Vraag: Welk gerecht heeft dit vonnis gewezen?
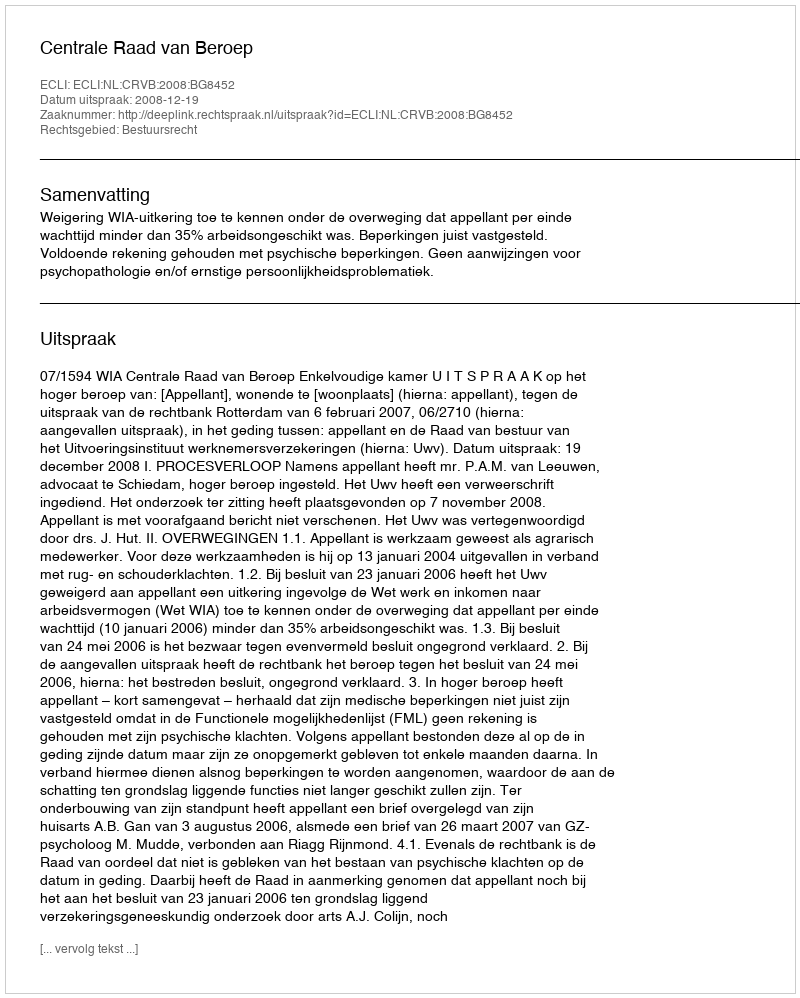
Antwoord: Centrale Raad van Beroep